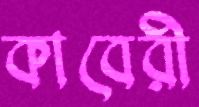
কাবেরী